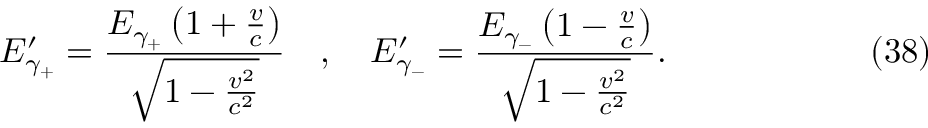
E _ { \gamma _ { + } } ^ { \prime } = \frac { E _ { \gamma _ { + } } \left( 1 + \frac { v } { c } \right) } { \sqrt { 1 - \frac { v ^ { 2 } } { c ^ { 2 } } } } \quad , \quad E _ { \gamma _ { - } } ^ { \prime } = \frac { E _ { \gamma _ { - } } \left( 1 - \frac { v } { c } \right) } { \sqrt { 1 - \frac { v ^ { 2 } } { c ^ { 2 } } } } . \eqno ( 3 8 )